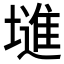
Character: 𱗽